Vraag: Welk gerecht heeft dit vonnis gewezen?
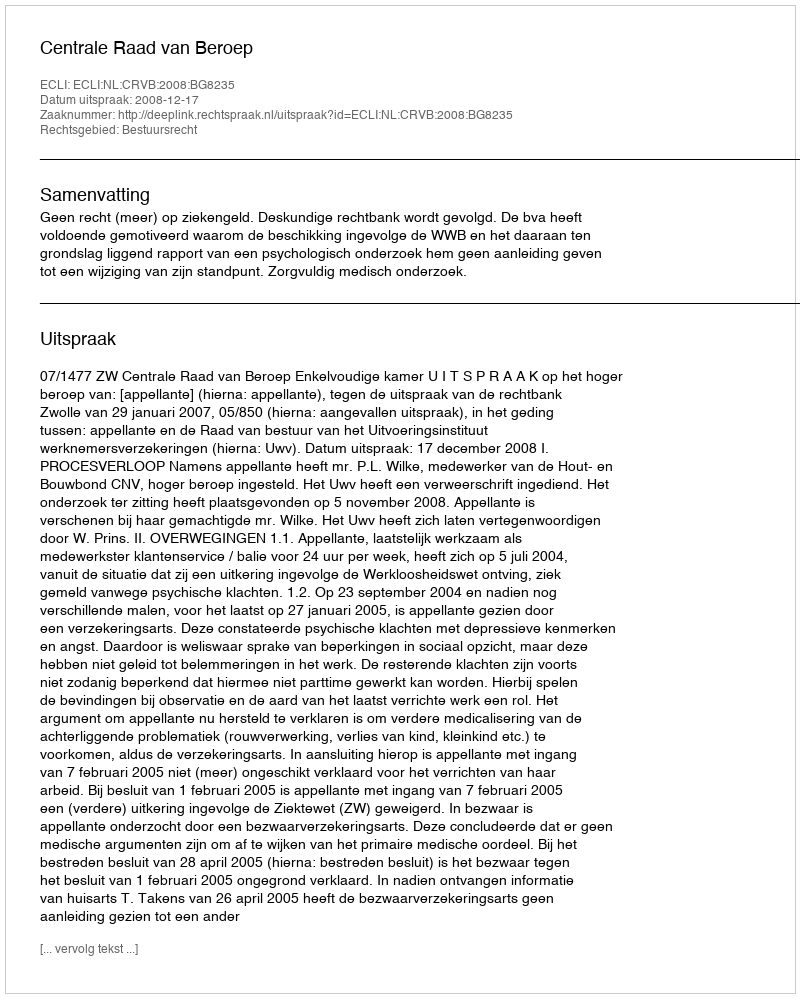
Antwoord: Centrale Raad van Beroep